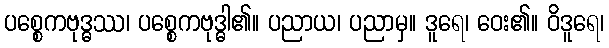
ပစ္စေကဗုဒ္ဓဿ၊ ပစ္စေကဗုဒ္ဓါ၏။ ပညာယ၊ ပညာမှ။ ဒူရေ၊ ဝေး၏။ ဝိဒူရေ၊